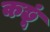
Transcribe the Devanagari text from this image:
कछूं